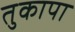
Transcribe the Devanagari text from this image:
तुकापा